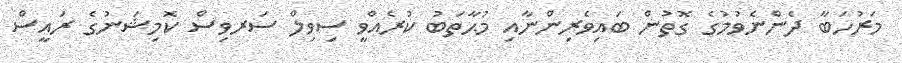
މަރުހަބާ ދެންނެވުމުގެ ގޮތުން ބައިވެރިންނާއި މުޙާތަބު ކުރެއްވީ ސިވިލް ސަރވިސް ކޮމިޝަނުގެ ރައީސް